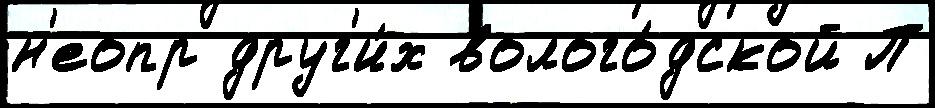
н'еопр друг'и́х волого́дской П